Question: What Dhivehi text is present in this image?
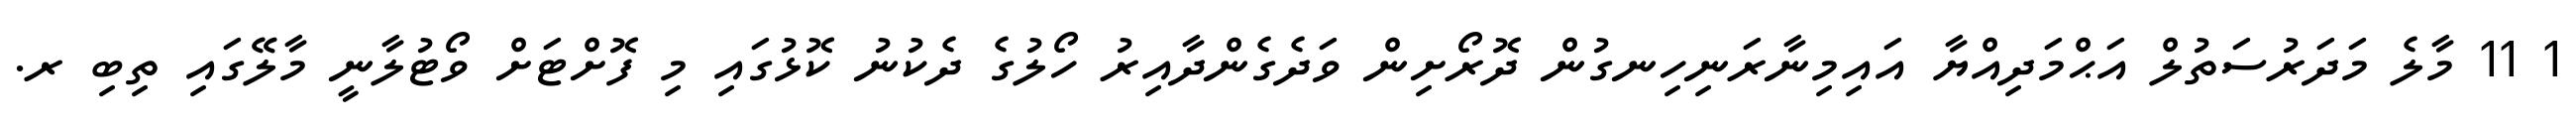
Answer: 1 11 މާލެ މަދަރުސަތުލް އަޙްމަދިއްޔާ އައިމިނާރަނިހިނގުން ދޮރޯށިން ވަދެގެންދާއިރު ހޯލުގެ ދެކުނު ކޮޅުގައި މި ފޮށްޓަށް ވޯޓުލާނީ މާލޭގައި ތިބި ރ.